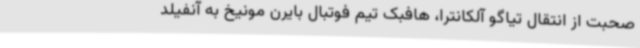
صحبت از انتقال تیاگو آلکانترا، هافبک تیم فوتبال بایرن مونیخ به آنفیلد